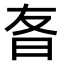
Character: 𬁡